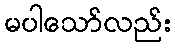
မပါသော်လည်း